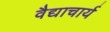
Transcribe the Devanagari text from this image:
वैद्याचार्य